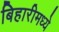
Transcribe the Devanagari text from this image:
बिहारीमध्ये